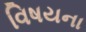
વિષયના